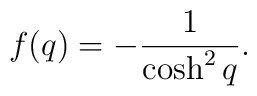
f(q)= - \frac{1}{\cosh ^2q}.